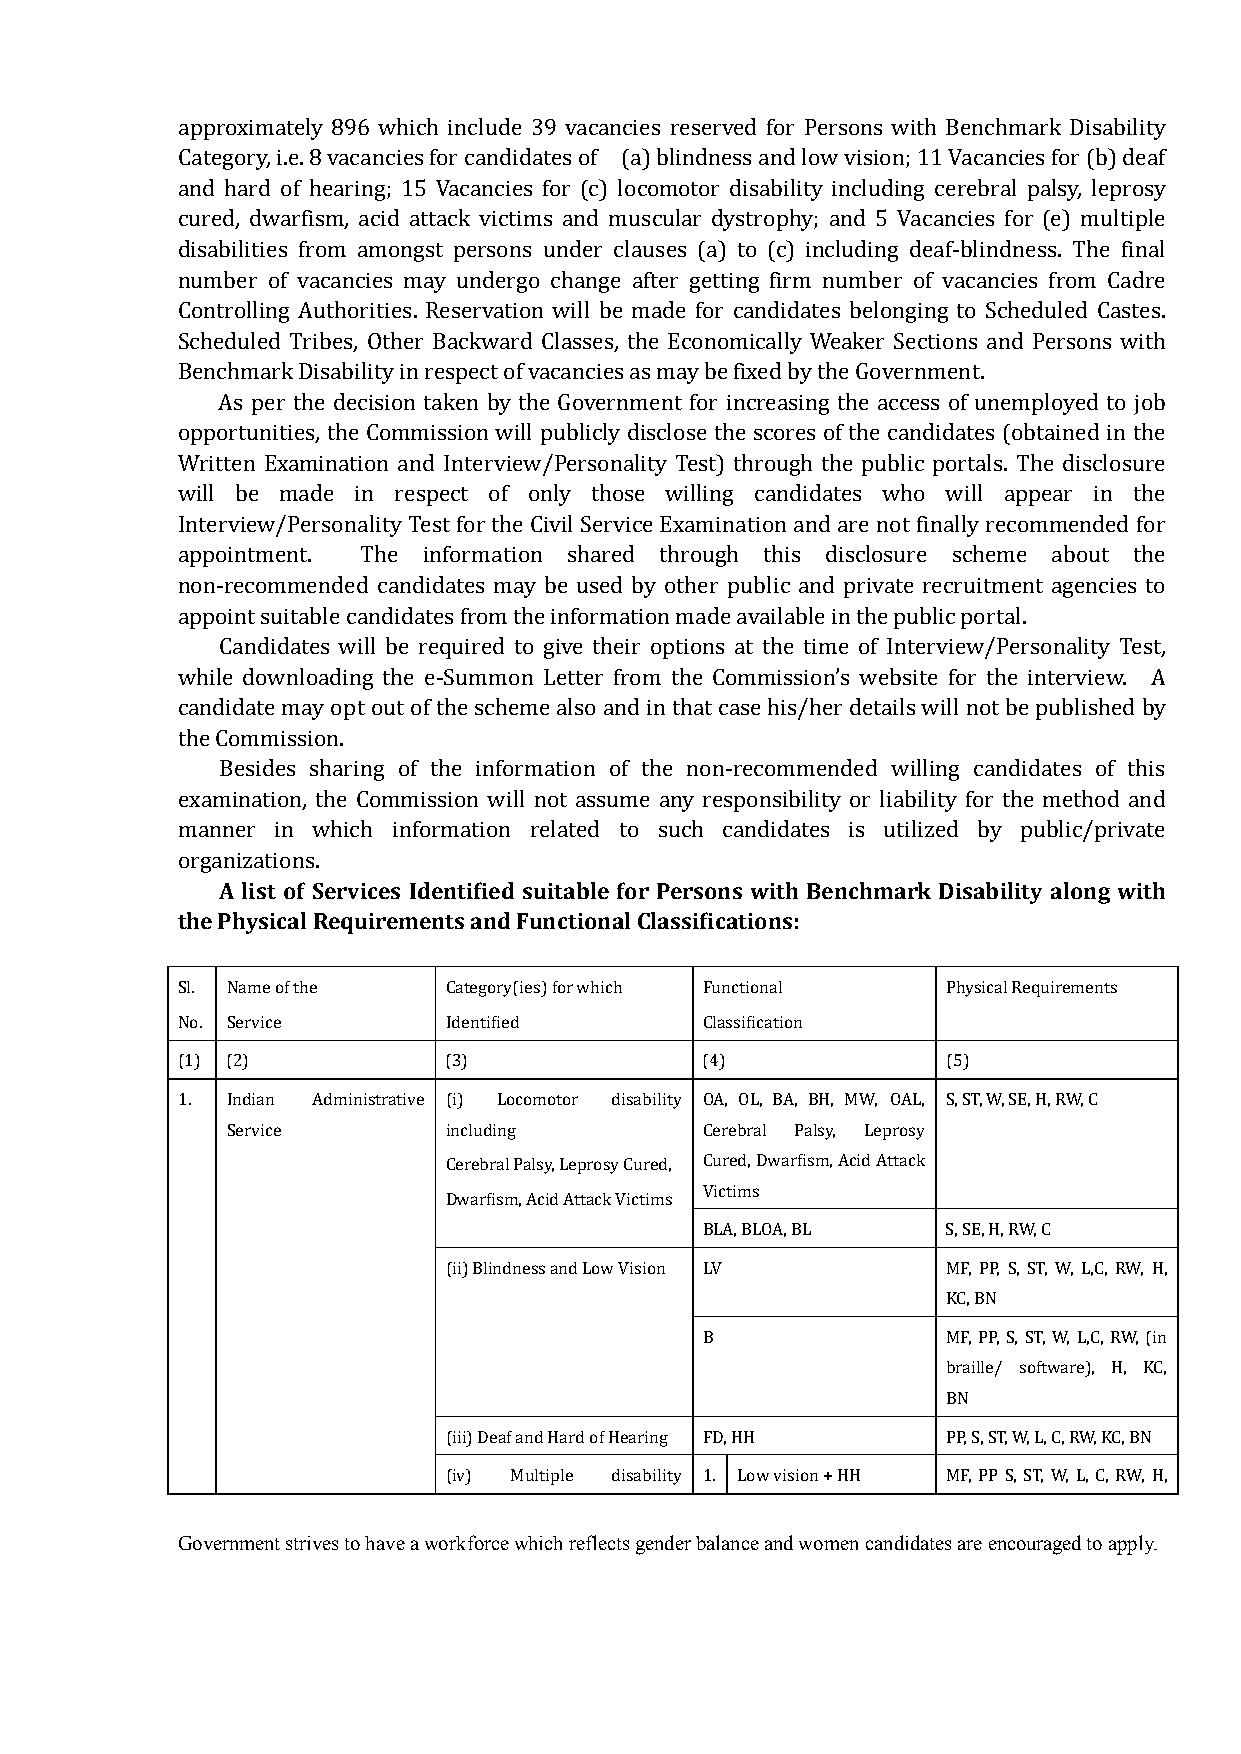
approximately 896 which include 39 vacancies reserved for Persons with Benchmark Disability
 Category, i.e. 8 vacancies for candidates of (a) blindness and low vision; 11Vacancies for (b) deaf
 and hard of hearing; 15 Vacancies for (c) locomotor disability including cerebral palsy, leprosy
 cured, dwarfism, acid attack victims and muscular dystrophy; and 5 Vacancies for (e) multiple
 disabilities from amongst persons under clauses (a) to (c) including deaf-blindness. The final
 number of vacancies may undergo change after getting firm number of vacancies from Cadre
 Controlling Authorities. Reservation will be made for candidates belonging to Scheduled Castes.
 Scheduled Tribes, Other Backward Classes, the Economically Weaker Sections and Persons with
 Benchmark Disability in respect of vacancies as may be fixed by the Government.
 As per the decision taken by the Government for increasing the access of unemployed to job
 opportunities, the Commission will publicly disclose the scores of the candidates (obtained in the
 Written Examination and Interview/Personality Test) through the public portals. The disclosure
 will be made in respect of only those willing candidates who will appear in the
 Interview/Personality Test for the Civil Service Examination and are not finally recommended for
 appointment. The information shared through this disclosure scheme about the
 non-recommended candidates may be used by other public and private recruitment agencies to
 appoint suitable candidates from the information made available in the public portal.
 Candidates will be required to give their options at the time of Interview/Personality Test,
 while downloading the e-Summon Letter from the Commission’s website for the interview. A
 candidate may opt out of the scheme also and in that case his/her details will not be published by
 the Commission.
 Besides sharing of the information of the non-recommended willing candidates of this
 examination, the Commission will not assume any responsibility or liability for the method and
 manner in which information related to such candidates is utilized by public/private
 A list of Services Identified suitable for Persons with Benchmark Disability along with
 organizations.
 the Physical Requirements and Functional Classifications:
 Sl. Name of the  Category(ies) for which Functional Physical Requirements
 No. Service      Identified        Classification
 (1) (2)          (3)               (4)             (5)
 1. Indian Administrative (i) Locomotor disability OA, OL, BA, BH, MW, OAL, S, ST, W, SE, H, RW, C
 Service       including         Cerebral Palsy, Leprosy
 Cerebral Palsy, Leprosy Cured, Cured, Dwarfism, Acid Attack
 Victims
 Dwarfism, Acid Attack Victims
 BLA, BLOA, BL   S, SE, H, RW, C
 (ii) Blindness and Low Vision LV  MF, PP, S, ST, W, L,C, RW, H,
 KC, BN
 B               MF, PP, S, ST, W, L,C, RW, (in
 braille/ software), H, KC,
 BN
 (iii) Deaf and Hard of Hearing FD, HH PP, S, ST, W, L, C, RW, KC, BN
 (iv) Multiple disability 1. Low vision + HH MF, PP S, ST, W, L, C, RW, H,
 Government strives to have a workforce which reflects gender balance and women candidates are encouraged to apply.